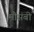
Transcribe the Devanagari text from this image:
मौसंबी